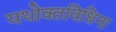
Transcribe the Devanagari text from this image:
यथोक्तविधिना